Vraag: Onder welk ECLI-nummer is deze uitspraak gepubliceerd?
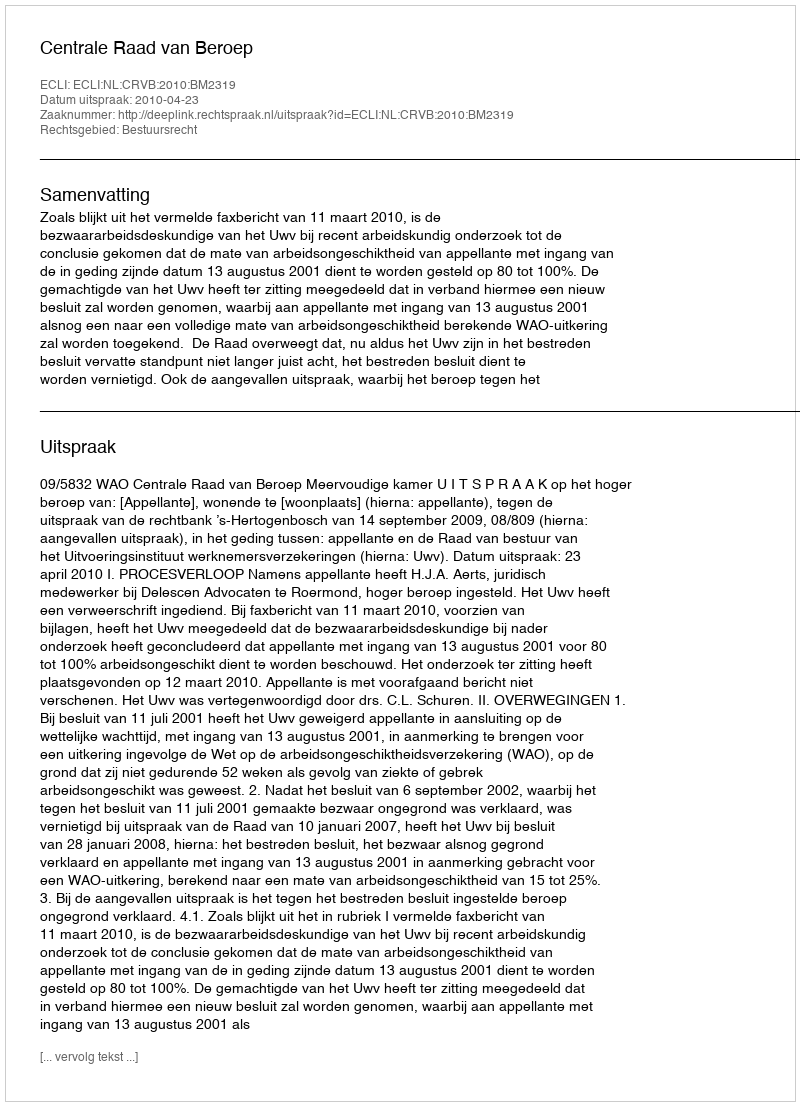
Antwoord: ECLI:NL:CRVB:2010:BM2319